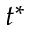
t ^ { * }